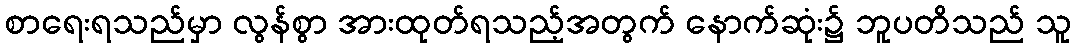
စာရေးရသည်မှာ လွန်စွာ အားထုတ်ရသည့်အတွက် နောက်ဆုံး၌ ဘူပတိသည် သူ